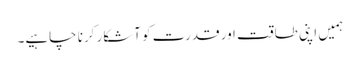
ہمیں اپنی طاقت اور قدرت کو آشکار کرنا چاہیے۔